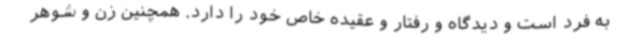
به فرد است و دیدگاه و رفتار و عقیده خاص خود را دارد. همچنین زن و شوهر